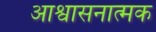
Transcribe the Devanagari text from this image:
आश्वासनात्मक